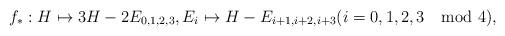
LaTeX: \begin{align*}&f_*: H \mapsto 3H -2E_{0,1,2,3},E_i\mapsto H-E_{i+1,i+2,i+3} (i=0,1,2,3 \mod 4),\end{align*}